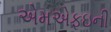
એમએફઇની